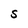
Character: S